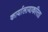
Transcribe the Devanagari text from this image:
कार्यालायाकरिता